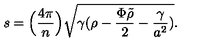
s = \Big ( { \frac { 4 \pi } { n } } \Big ) \sqrt { \gamma ( \rho - { \frac { \Phi \tilde { \rho } } { 2 } } - { \frac { \gamma } { a ^ { 2 } } } ) } .